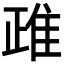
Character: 𨾖